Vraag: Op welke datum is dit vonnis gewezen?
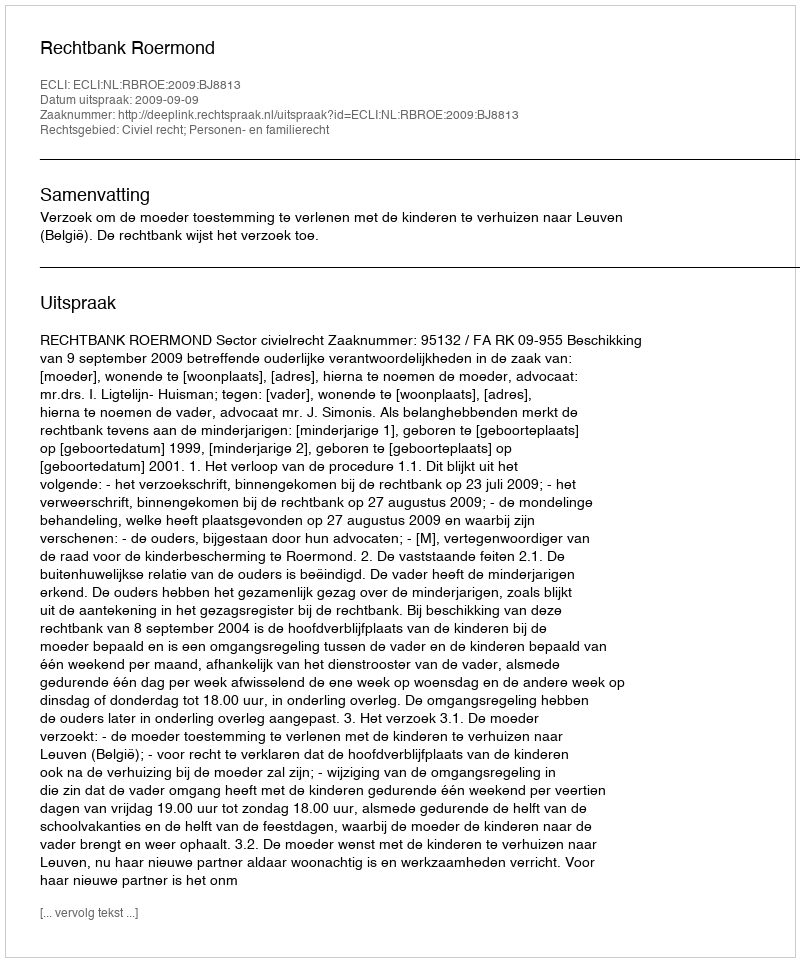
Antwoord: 2009-09-09